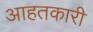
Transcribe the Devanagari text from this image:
आहतकारी